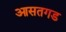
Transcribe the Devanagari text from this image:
आसतगड